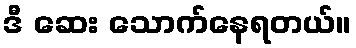
ဒီ ဆေး သောက်နေရတယ်။